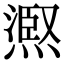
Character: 𭵺